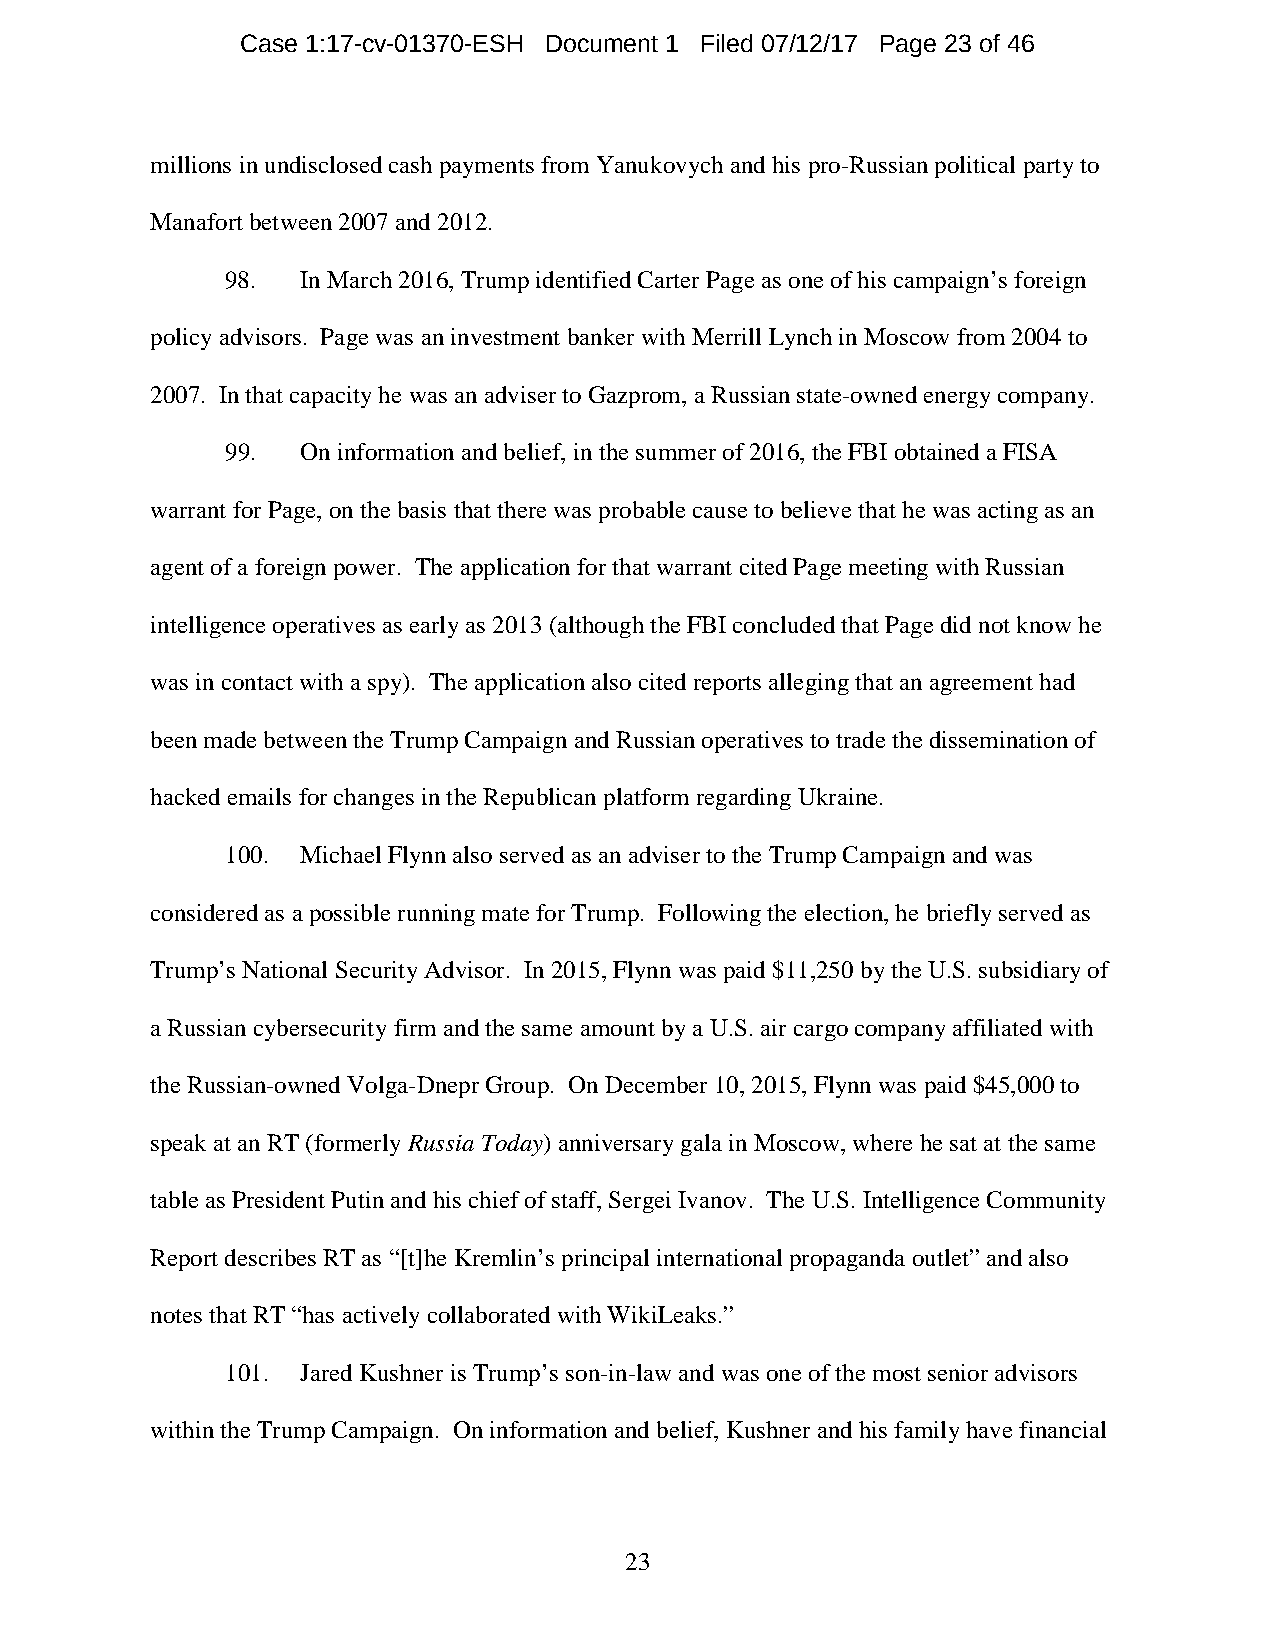
Case 1:17-cv-01370-ESH Document 1 Filed 07/12/17 Page 23 of 46
 millions in undisclosed cash payments from Yanukovych and his pro-Russian political party to
 Manafort between 2007 and 2012.
 98.  In March 2016, Trump identified Carter Page as one of his campaign’s foreign
 policy advisors. Page was an investment banker with Merrill Lynch in Moscow from 2004 to
 2007. In that capacity he was an adviser to Gazprom, a Russian state-owned energy company.
 99.  On information and belief, in the summer of 2016, the FBI obtained a FISA
 warrant for Page, on the basis that there was probable cause to believe that he was acting as an
 agent of a foreign power. The application for that warrant cited Page meeting with Russian
 intelligence operatives as early as 2013 (although the FBI concluded that Page did not know he
 was in contact with a spy). The application also cited reports alleging that an agreement had
 been made between the Trump Campaign and Russian operatives to trade the dissemination of
 hacked emails for changes in the Republican platform regarding Ukraine.
 100. Michael Flynn also served as an adviser to the Trump Campaign and was
 considered as a possible running mate for Trump. Following the election, he briefly served as
 Trump’s National Security Advisor. In 2015, Flynn was paid $11,250 by the U.S. subsidiary of
 a Russian cybersecurity firm and the same amount by a U.S. air cargo company affiliated with
 the Russian-owned Volga-Dnepr Group. On December 10, 2015, Flynn was paid $45,000 to
 speak at an RT (formerly Russia Today) anniversary gala in Moscow, where he sat at the same
 table as President Putin and his chief of staff, Sergei Ivanov. The U.S. Intelligence Community
 Report describes RT as “[t]he Kremlin’s principal international propaganda outlet” and also
 notes that RT “has actively collaborated with WikiLeaks.”
 101. Jared Kushner is Trump’s son-in-law and was one of the most senior advisors
 within the Trump Campaign. On information and belief, Kushner and his family have financial
 23